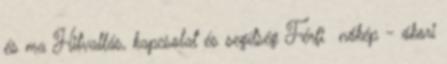
és ma Hitvallás, kapcsolat és segítség Férfi nőkép - ókori